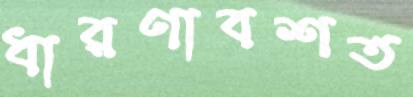
ধারণাবশত